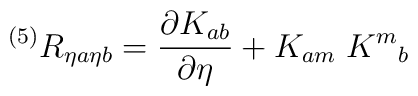
{}^{(5)} R_{\eta a\eta b} = {\partial K_{ab} \over \partial \eta} +K_{am} \; K^m{}_b